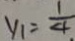
y _ { 1 } = \frac { 1 } { 4 }